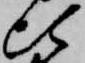
比